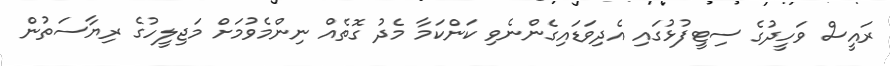
ރައީސް ވަހީދުގެ ސިޓީފުޅުގައި އެދިވަޑައިގެންނެވި ކަންކަމާ މެދު ގޮތެއް ނިންމެވުމަށް މަޖިލީހުގެ ރިޔާސަތުން